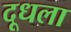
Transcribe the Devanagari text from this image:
दूधला